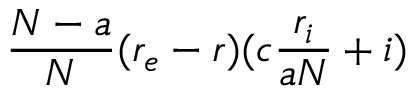
\frac { N - a } { N } ( r _ { e } - r ) ( c \frac { r _ { i } } { a N } + i )